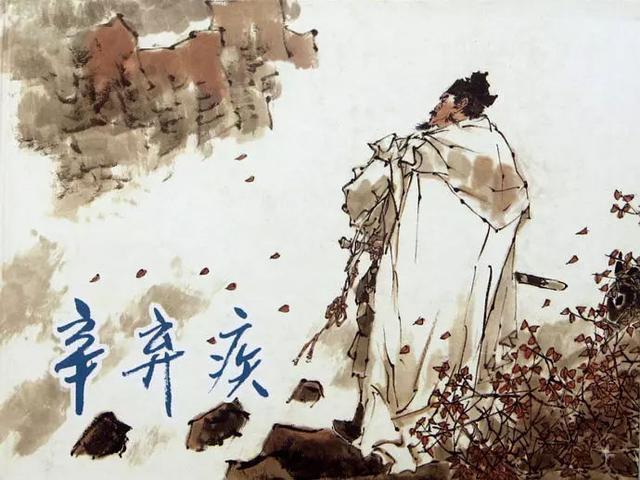
塞上长城空自许，镜中衰鬓已先斑。